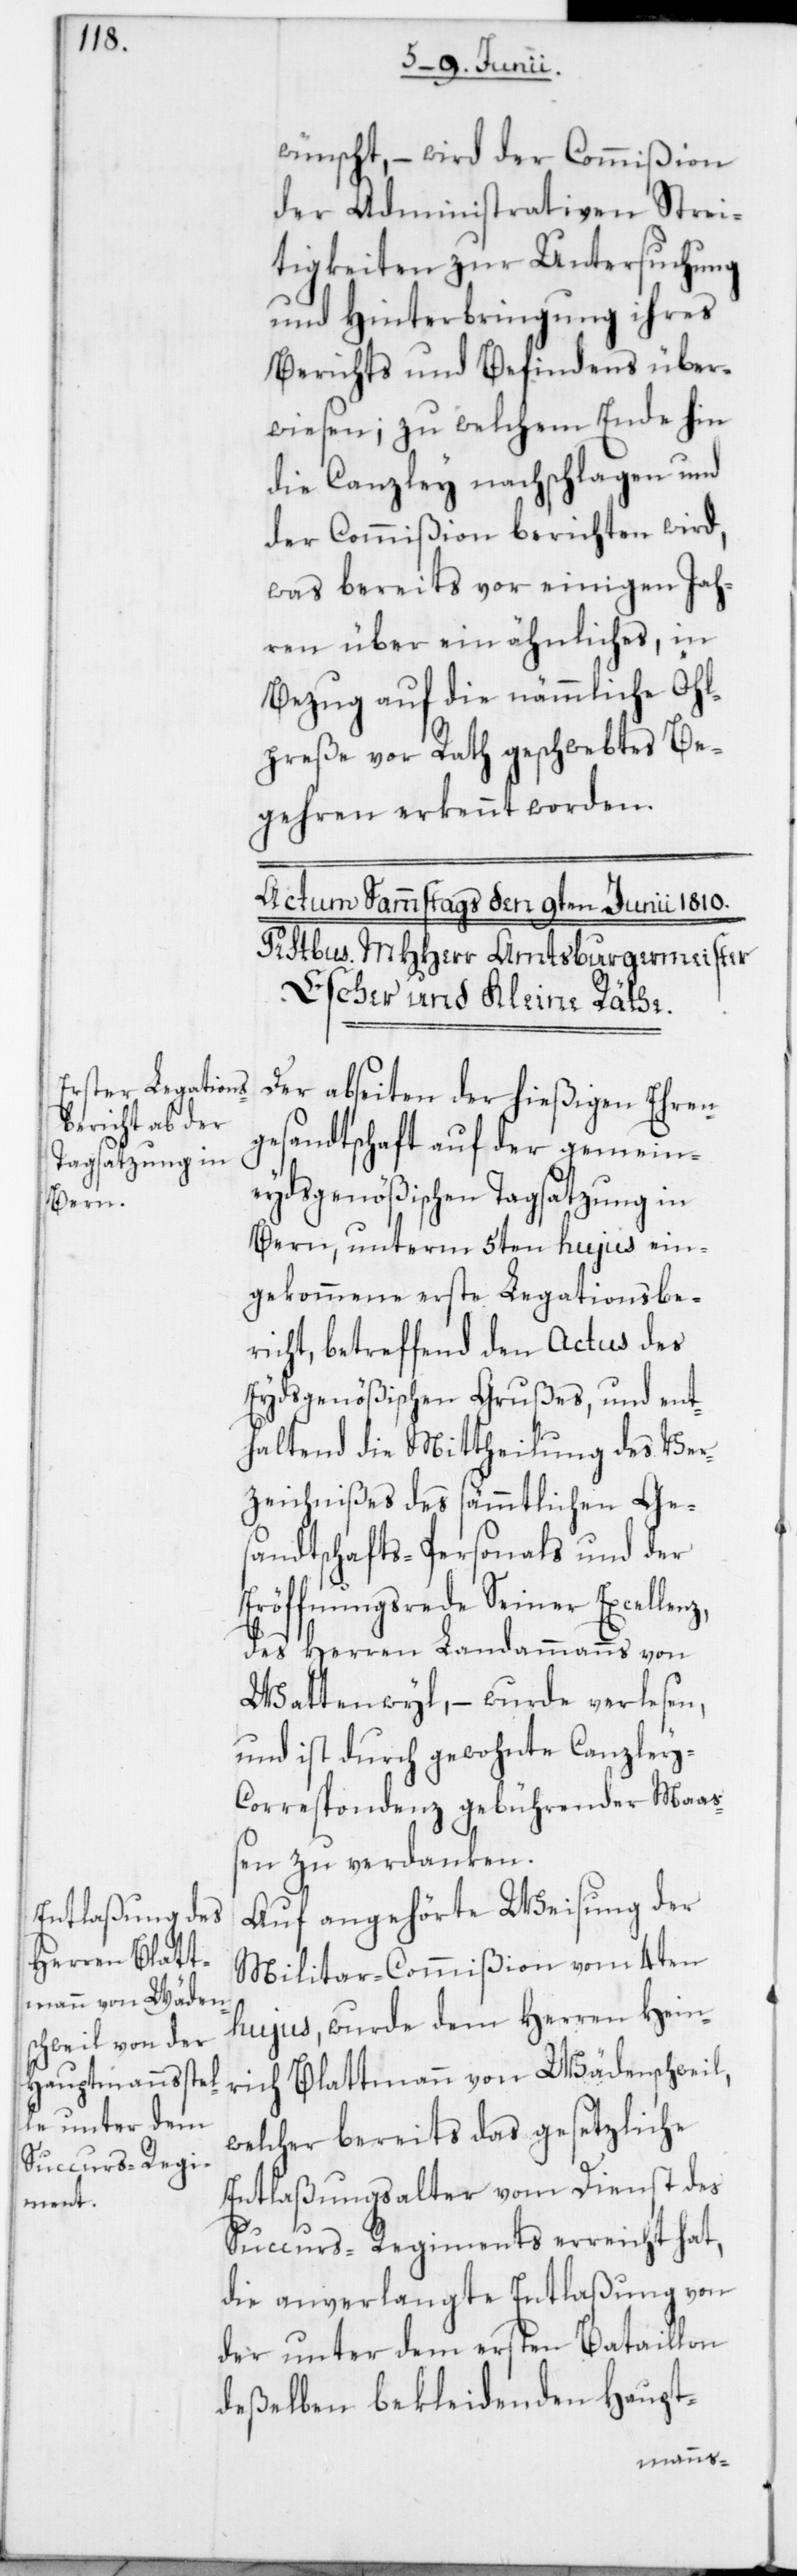
wünscht, – wird der Commißion
der Administrativen Strei¬
tigkeiten zur Untersuchung
und Hinterbringung ihres
Berichts und Befindens über¬
wiesen; zu welchem Ende hin
die Canzley nachschlagen und
der Commißion berichten wird,
was bereits vor einigen Jah¬
ren über ein ähnliches, in
Bezug auf die nämmliche Öhl¬
preße vor Rath geschwebtes Be¬
gehren erkennt worden.
Der abseiten der hießigen Ehren¬
gesandtschaft auf der gemein¬
eydsgenößischen Tagsatzung in
Bern, unterm 5ten hujus ein¬
gekommene erste Legationsbe¬
richt, betreffend den Actus des
Eydsgenößischen Grußes, und ent¬
haltend die Mittheilung des Ver¬
zeichnißes des sämmtlichen Ges¬
andtschafts-Personals und der
Eröffnungsrede Seiner Excellenz
des Herren Landammanns von
Wattenwyl, – wurde verlesen,
und ist durch gewohnte Canzley-C¬
orrespondenz gebührender Maaß¬
en zu verdanken.
Auf angehörte Weisung der
Militar-Commißion vom 4ten
hujus, wurde dem Herren Hein¬
rich Blattmann von Wädenschweil,
Entlaßungsalter vom Dienst des
Succurs-Regiments erreicht hat,
die anverlangte Entlaßung von
der unter dem ersten Bataillon
deßelben bekleidenden Haupt-